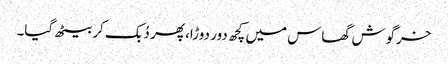
خرگوش گھاس میں کچھ دور دوڑا، پھر دُبک کر بیٹھ گیا۔